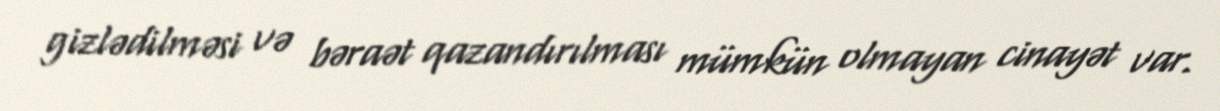
gizlədilməsi və bəraət qazandırılması mümkün olmayan cinayət var.